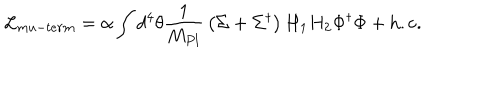
{ \cal L } _ { m u - t e r m } = \alpha \int d ^ { 4 } \theta { \frac { 1 } { M _ { P l } } } \left( \Sigma + \Sigma ^ { \dagger } \right) H _ { 1 } H _ { 2 } \Phi ^ { \dagger } \Phi + \mathrm { h . c . }